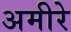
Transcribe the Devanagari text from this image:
अमीरे